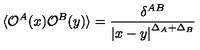
\langle { \cal O } ^ { A } ( x ) { \cal O } ^ { B } ( y ) \rangle = \frac { \delta ^ { A B } } { \left| x - y \right| ^ { \Delta _ { A } + \Delta _ { B } } }